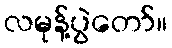
လမုန့်ပွဲတော်။